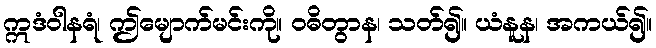
ဣဒံဝါနရံ၊ ဤမျောက်မင်းကို။ ဝဓိတွာန၊ သတ်၍။ ယံနူန၊ အကယ်၍။